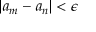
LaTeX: | a _ { m } - a _ { n } | < \epsilon